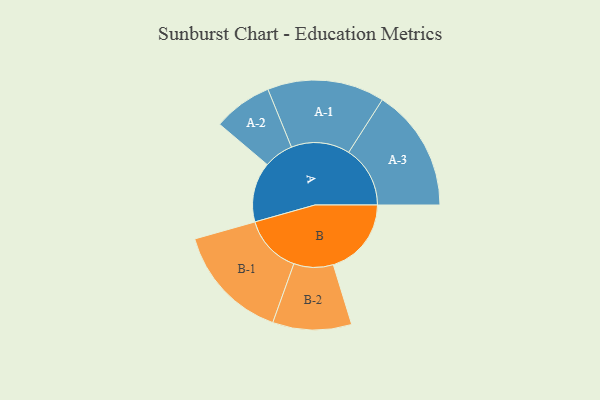
{"axis": {"x": "Segment", "y": "Value"}, "legend": ["", "A", "B"], "data": [{"x": "A", "y": 231, "type": ""}, {"x": "B", "y": 301, "type": ""}, {"x": "A-1", "y": 226, "type": "A"}, {"x": "A-2", "y": 114, "type": "A"}, {"x": "A-3", "y": 237, "type": "A"}, {"x": "B-1", "y": 225, "type": "B"}, {"x": "B-2", "y": 152, "type": "B"}]}